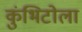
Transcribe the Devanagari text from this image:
कुंभिटोला